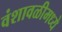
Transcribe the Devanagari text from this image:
वंशावळीमध्ये